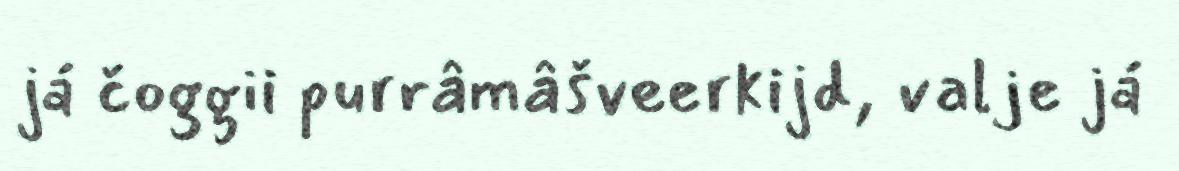
já čoggii purrâmâšveerkijd, valje já